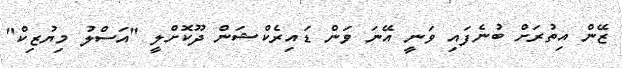
ޒޭން އިތުރަށް ބުނެފައި ވަނީ އޭނަ ވަން ޑައިރެކްޝަން ދޫކޮށްލީ "އަސްލު މިޔުޒިކް"